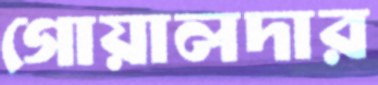
গোয়ালদার